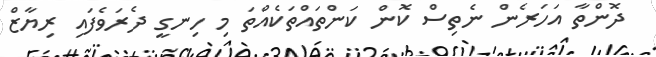
ދޮންތާ އަހަރެން ނެތިސް ކޮން ކަންތައްތަކެއްތަ މި ހިނގީ ދެރަވެފައި ރިޔާޒް